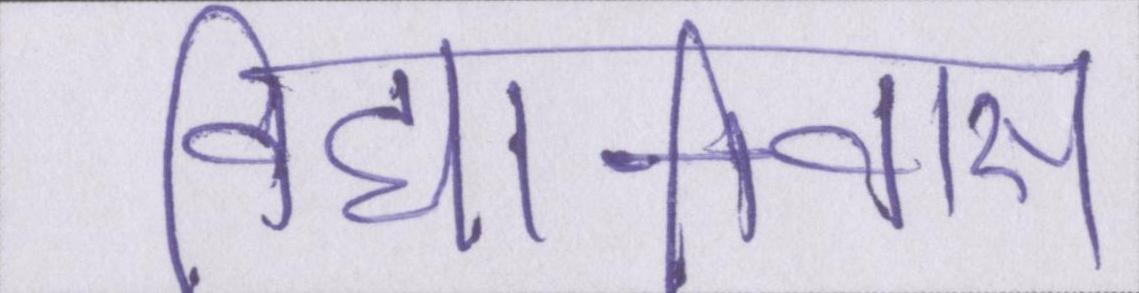
विद्यानिवास